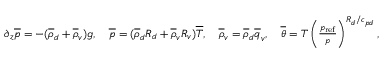
\begin{array} { r } { \partial _ { z } \overline { { p } } = - ( \overline { { \rho } } _ { d } + \overline { { \rho } } _ { v } ) g , \quad \overline { { p } } = ( \overline { { \rho } } _ { d } R _ { d } + \overline { { \rho } } _ { v } R _ { v } ) \overline { { T } } , \quad \overline { { \rho } } _ { v } = \overline { { \rho } } _ { d } \overline { { q } } _ { v } , \quad \overline { { \theta } } = T \left( \frac { p _ { \mathrm { r e f } } } { p } \right) ^ { R _ { d } / c _ { p d } } , } \end{array}